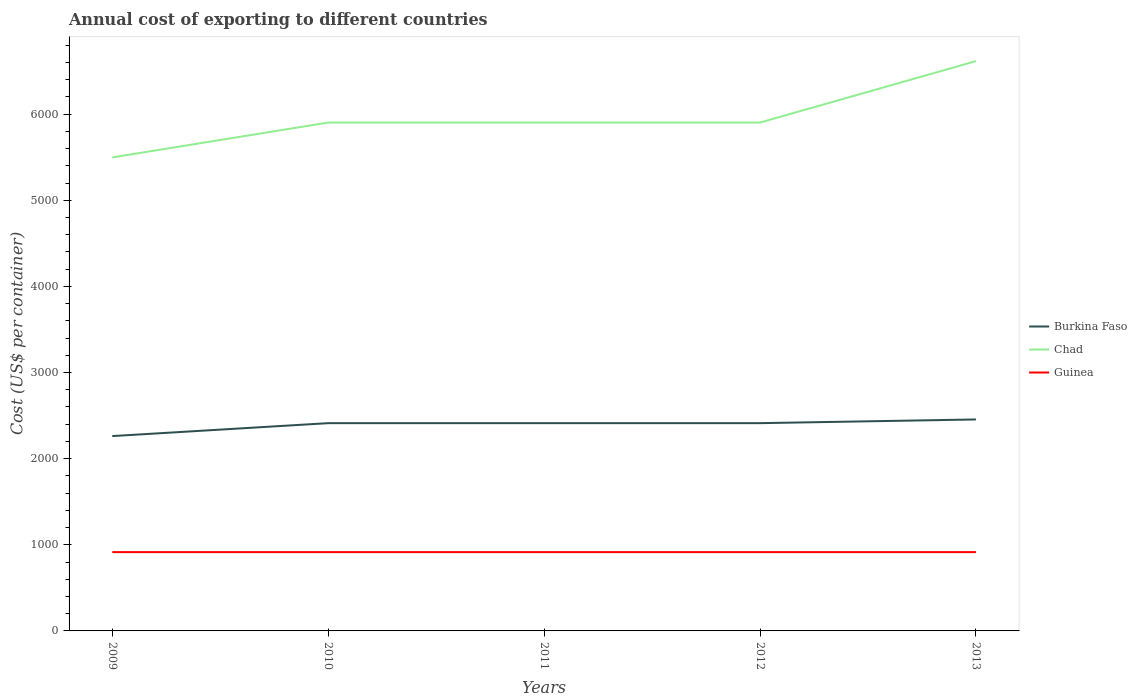
| Years | Burkina Faso | Chad | Guinea |
 | --- | --- | --- | --- |
 | 2009 | 2.26e+03 | 5.5e+03 | 915 |
 | 2010 | 2.41e+03 | 5.9e+03 | 915 |
 | 2011 | 2.41e+03 | 5.9e+03 | 915 |
 | 2012 | 2.41e+03 | 5.9e+03 | 915 |
 | 2013 | 2.46e+03 | 6.62e+03 | 915 |